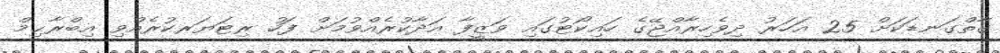
ގާތްގަނޑަކަށް 25 އަހަރު ދިވެހިރާއްޖޭގެ ހައިކޯޓުގައި ވަޒީފާ އަދާކުރެއްވުމަށް ފަހު ރިޓަޔަރކުރެއްވި އިބްރާޙިމް